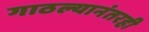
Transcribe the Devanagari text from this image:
गाठल्यानंतरही